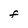
Character: F